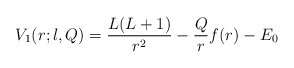
\begin{align*} V_1(r;l,Q) = \frac{L(L+1)}{r^2} - \frac{Q}{r} f(r) - E_0\end{align*}